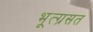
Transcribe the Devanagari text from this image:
भूत्ग्रसत